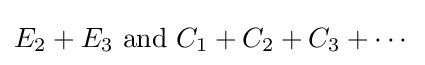
E_{2}+E_{3}{\text{ and }}C_{1}+C_{2}+C_{3}+\cdots